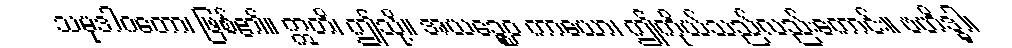
သမုဒါဂတော၊ ဖြစ်၏။ ဣတိ၊ ဤသို့။ အယဉ္စေဝ ကာယော၊ ဤကိုယ်သည်လည်းကောင်း။ ဗဟိဒ္ဓါ၊